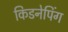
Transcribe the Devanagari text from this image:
किडनेपिंग